system: You are a helpful assistant.
user:
Analyze the provided spectrum to determine if it is a **M-type Giant (gM)**.

A M-type Giant spectrum is defined by its **strong molecular absorption** features, particularly from **Titanium Oxide (TiO)**. You must check for one of the following mutually exclusive signatures:

- **Key Visual Indicators (Absorption-Dominated Spectrum):**

    - **(Primary):** The spectrum is dominated by strong molecular absorption from **Titanium Oxide (TiO)**. This is the **defining feature** of its M-type temperature class.
        - **(Key Bandheads):** Look for sharp, "saw-tooth" absorption valleys. The strongest are located near **~7050 Å**, **~6160 Å**, and **~5170 Å**.
        - **(Line Profile):** The "saw-tooth" morphology is critical: a **sharp, steep drop on the BLUE (short-wavelength) side** of the bandhead, followed by a gradual recovery (rising flux) towards the RED (long-wavelength) side.

    - **(Key Confirmation - Giant vs. Dwarf):** **ABSENCE** of strong **Calcium Hydride (CaH)** molecular bands. This is the primary diagnostic for *excluding* M-dwarfs.
        - **(Key Region):** The spectrum should lack the strong, broad absorption band seen in dwarfs between **~6800 Å and ~7000 Å**.

    - **(Secondary Confirmation - Giant):** A very strong and broad **Neutral Calcium (Ca I)** atomic absorption line.
        - **(Key Line):** Located at **~4226 Å**. In a giant (gM), this line is significantly deeper and broader than the same line in an M-dwarf (dM) due to low surface gravity.

    - **(Overall Spectrum):**
        - The continuum is **extremely red-sloping** (i.e., flux is very low in the blue and rises dramatically towards the red).
        - The entire spectrum appears "chopped up" by the deep TiO bands.

Think first, call **spectral_visualization_tool** if needed to examine features in detail, then provide your final answer. Your response must adhere to the following strict rules:
1.  **Overall Structure:** Your response must follow the format `<think>...</think> <tool_call>...</tool_call> (if a tool is used) <answer>...</answer>`.
2.  **Tool Usage Constraint:** You may only make **one** tool call per turn.
3.  **Final Answer Format:** In the `<answer>` tag, your conclusion must be inside a `\boxed{}` command (e.g., `\boxed{YES}` or `\boxed{NO}`), followed by your justification.

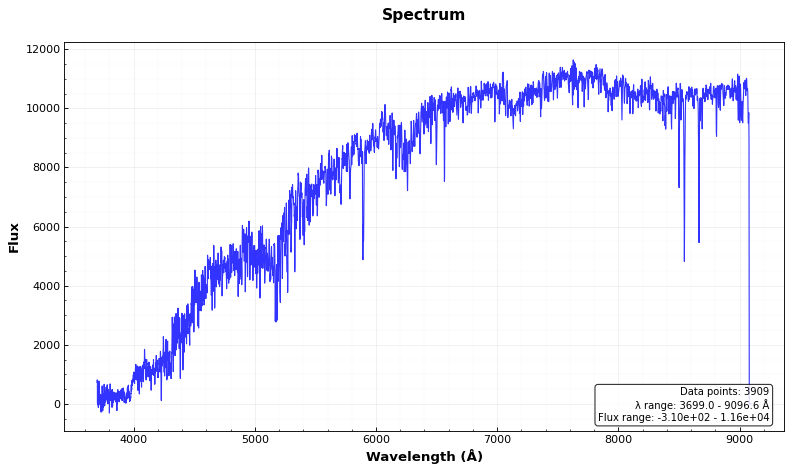
Answer: NO